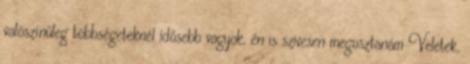
valószínűleg többségeteknél idősebb vagyok, én is szivesen megosztanám Veletek,